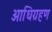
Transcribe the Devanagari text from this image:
आधिग्रहण